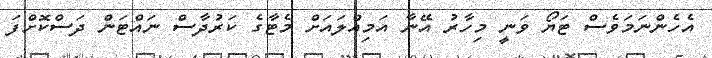
އެހެންނަމަވެސް ޓަޔޯ ވަނީ މިހާރު އޭނާ އަމިއްލައަށް މެޓާގެ ކަރުދާސް ނައްޓަން ދަސްކޮށްފަ